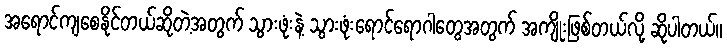
အရောင်ကျစေနိုင်တယ်ဆိုတဲ့အတွက် သွားဖုံးနဲ့ သွားဖုံးရောင်ရောဂါတွေအတွက် အကျိုးဖြစ်တယ်လို့ ဆိုပါတယ်။